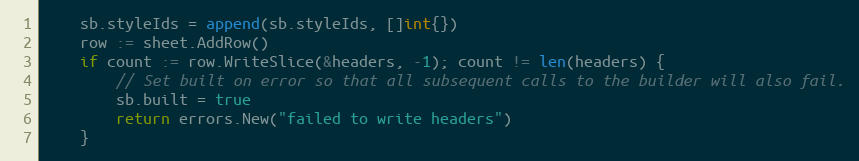
Language: Go
	sb.styleIds = append(sb.styleIds, []int{})
	row := sheet.AddRow()
	if count := row.WriteSlice(&headers, -1); count != len(headers) {
		// Set built on error so that all subsequent calls to the builder will also fail.
		sb.built = true
		return errors.New("failed to write headers")
	}